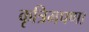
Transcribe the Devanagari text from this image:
कृत्रिमपणा